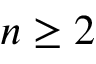
n \ge 2